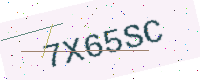
Text: 7X65SC